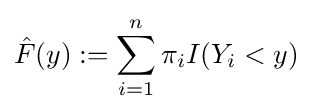
{\hat {F}}(y):=\sum _{i=1}^{n}\pi _{i}I(Y_{i}<y)